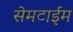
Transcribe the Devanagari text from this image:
सेमटाईम